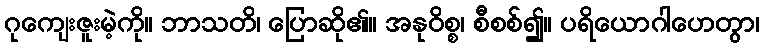
ဂုကျေးဇူးမဲ့ကို။ ဘာသတိ၊ ပြောဆို၏။ အနုဝိစ္စ၊ စီစစ်၍။ ပရိယောဂါဟေတွာ၊